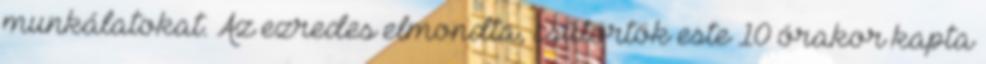
munkálatokat. Az ezredes elmondta, csütörtök este 10 órakor kapta